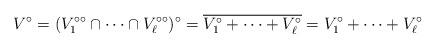
LaTeX: \begin{align*}V^\circ=(V_1^{\circ\circ} \cap \cdots \cap V_\ell^{\circ\circ})^\circ=\overline{V_1^\circ+\cdots+V_\ell^\circ}= V_1^\circ+\cdots+V_\ell^\circ\end{align*}